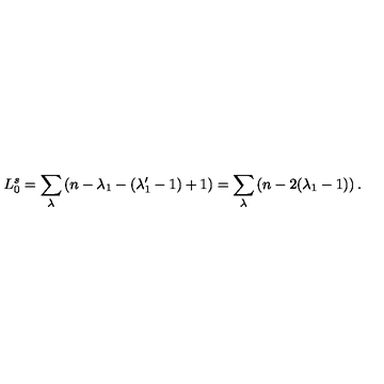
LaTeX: L _ { 0 } ^ { s } = \sum _ { \lambda } \left( n - \lambda _ { 1 } - ( \lambda _ { 1 } ^ { \prime } - 1 ) + 1 \right) = \sum _ { \lambda } \left( n - 2 ( \lambda _ { 1 } - 1 ) \right) { } .